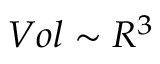
V o l \sim R ^ { 3 }